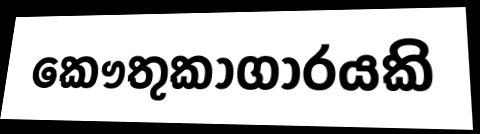
කෞතුකාගාරයකි